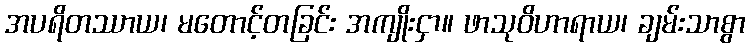
အပရိတဿာယ၊ မတောင့်တခြင်း အကျိုးငှာ။ ဖာသုဝိဟာရာယ၊ ချမ်းသာစွာ